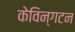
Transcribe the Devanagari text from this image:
केविन्गटन